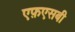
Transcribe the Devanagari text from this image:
एफ़एसबी